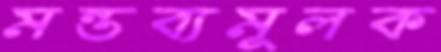
মন্তব্যমূলক